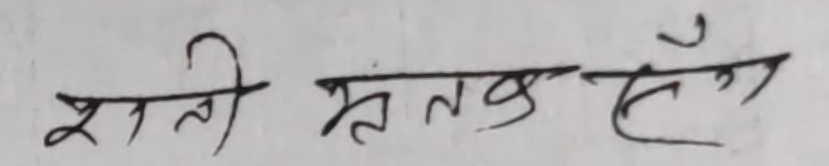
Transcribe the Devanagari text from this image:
शी मुतक सैं